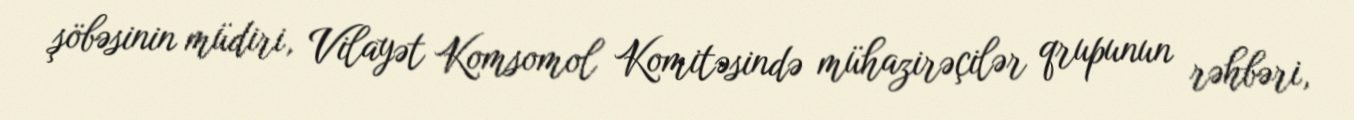
şöbəsinin müdiri, Vilayət Komsomol Komitəsində mühazirəçilər qrupunun rəhbəri,